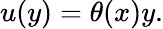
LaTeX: u(y)=\theta(x)y.